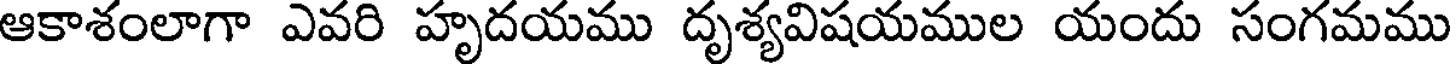
ఆకాశంలాగా ఎవరి హృదయము దృశ్యవిషయముల యందు సంగమము